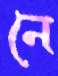
নে